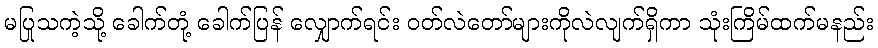
မပြုသကဲ့သို့ ခေါက်တုံ့ ခေါက်ပြန် လျှောက်ရင်း ဝတ်လဲတော်များကိုလဲလျက်ရှိကာ သုံးကြိမ်ထက်မနည်း